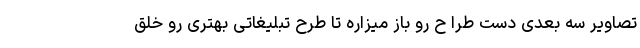
تصاویر سه بعدی دست طرا ح رو باز میزاره تا طرح تبلیغاتی بهتری رو خلق